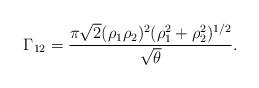
LaTeX: \begin{align*}\Gamma_{12} = {\pi\sqrt{2}(\rho_1\rho_2)^2(\rho_1^2+\rho_2^2)^{1/2}\over\sqrt{\theta}}.\;\end{align*}